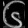
Digit: ၆